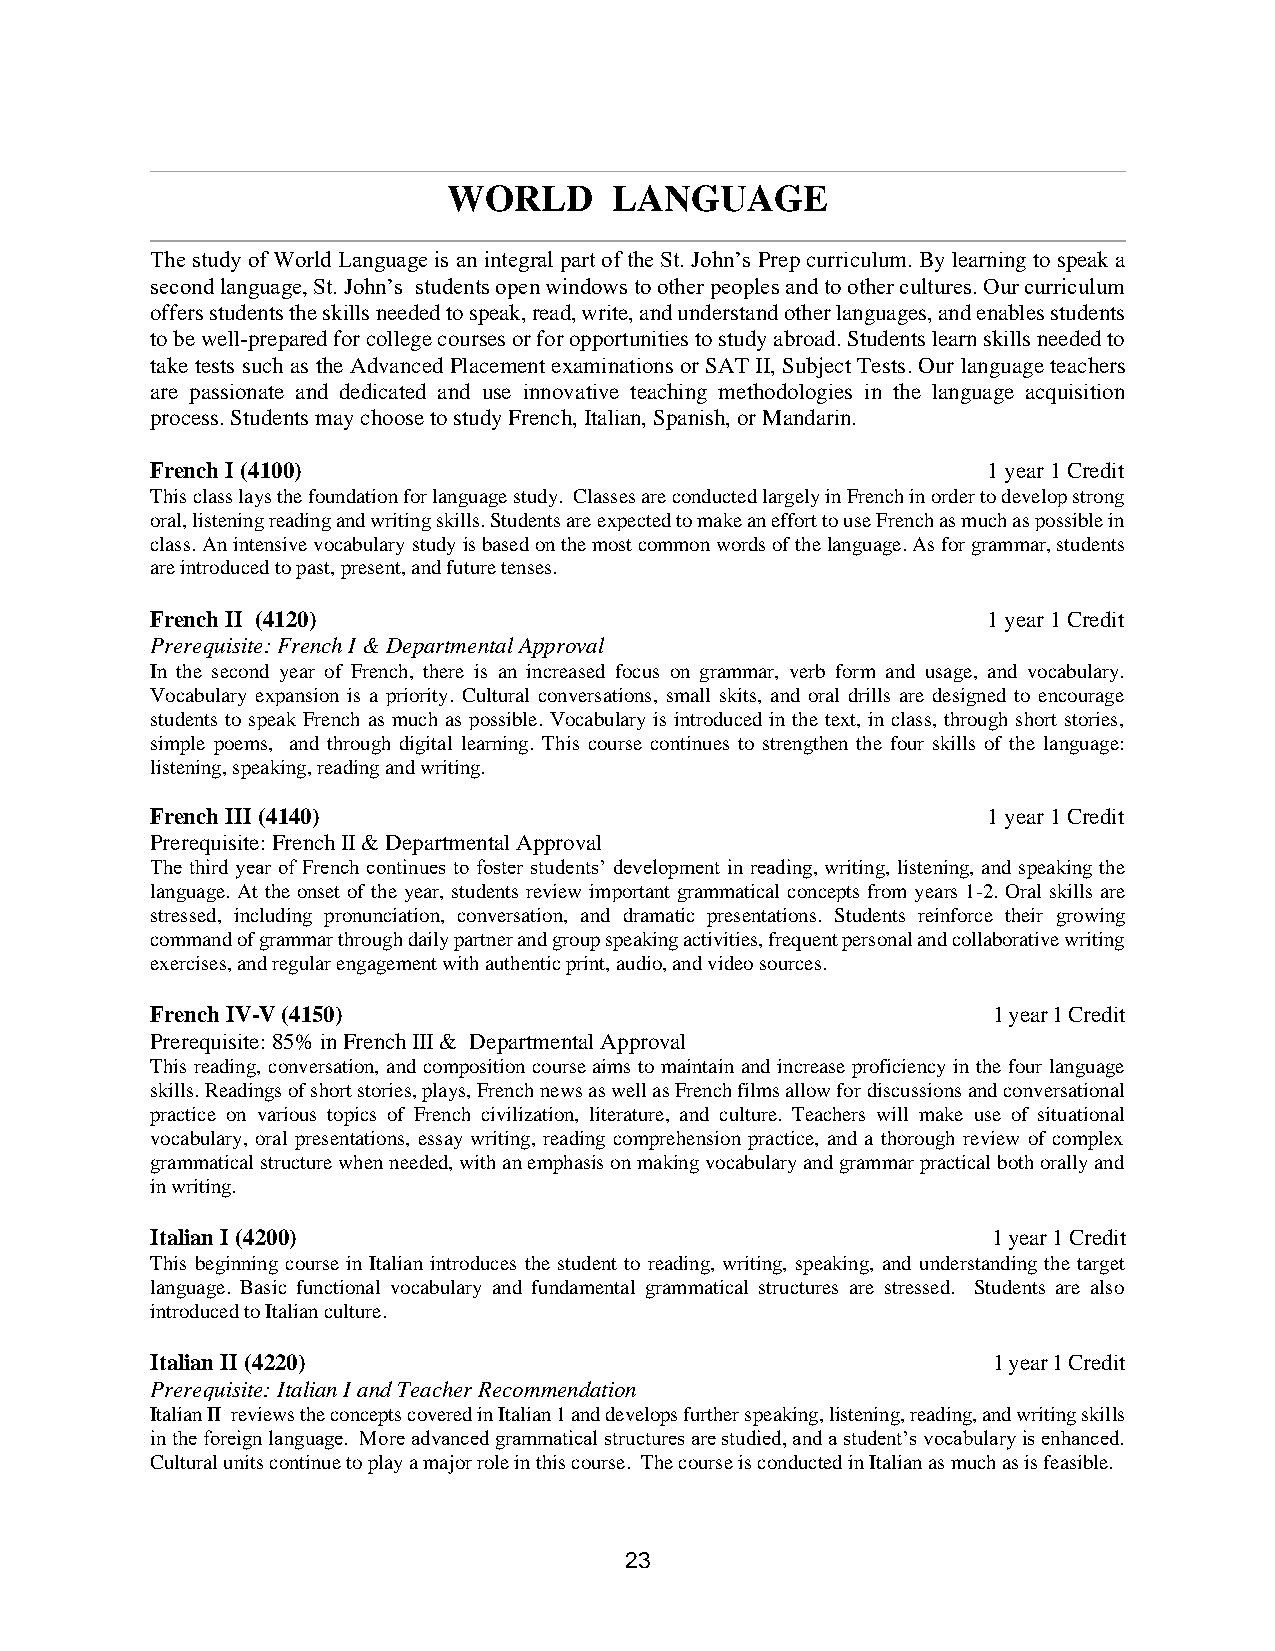
WORLD     LANGUAGE
 The study of World Language is an integral part of the St. John’s Prep curriculum. By learning to speak a
 second language, St. John’s students open windows to other peoples and to other cultures. Our curriculum
 offers students the skills needed to speak, read, write, and understand other languages, and enables students
 to be well-prepared for college courses or for opportunities to study abroad. Students learn skills needed to
 take tests such as the Advanced Placement examinations or SAT II, Subject Tests. Our language teachers
 are passionate and dedicated and use innovative teaching methodologies in the language acquisition
 process. Students may choose to study French, Italian, Spanish, or Mandarin.
 French I (4100)                                        1 year 1 Credit
 This class lays the foundation for language study. Classes are conducted largely in French in order to develop strong
 oral, listening reading and writing skills. Students are expected to make an effort to use French as much as possible in
 class. An intensive vocabulary study is based on the most common words of the language. As for grammar, students
 are introduced to past, present, and future tenses.
 French II (4120)                                       1 year 1 Credit
 Prerequisite: French I & Departmental Approval
 In the second year of French, there is an increased focus on grammar, verb form and usage, and vocabulary.
 Vocabulary expansion is a priority. Cultural conversations, small skits, and oral drills are designed to encourage
 students to speak French as much as possible. Vocabulary is introduced in the text, in class, through short stories,
 simple poems, and through digital learning. This course continues to strengthen the four skills of the language:
 listening, speaking, reading and writing.
 French III (4140)                                      1 year 1 Credit
 Prerequisite: French II & Departmental Approval
 The third year of French continues to foster students’ development in reading, writing, listening, and speaking the
 language. At the onset of the year, students review important grammatical concepts from years 1-2. Oral skills are
 stressed, including pronunciation, conversation, and dramatic presentations. Students reinforce their growing
 command of grammar through daily partner and group speaking activities, frequent personal and collaborative writing
 exercises, and regular engagement with authentic print, audio, and video sources.
 French IV-V (4150)                                      1 year 1 Credit
 Prerequisite: 85% in French III & Departmental Approval
 This reading, conversation, and composition course aims to maintain and increase proficiency in the four language
 skills. Readings of short stories, plays, French news as well as French films allow for discussions and conversational
 practice on various topics of French civilization, literature, and culture. Teachers will make use of situational
 vocabulary, oral presentations, essay writing, reading comprehension practice, and a thorough review of complex
 grammatical structure when needed, with an emphasis on making vocabulary and grammar practical both orally and
 in writing.
 Italian I (4200)                                        1 year 1 Credit
 This beginning course in Italian introduces the student to reading, writing, speaking, and understanding the target
 language. Basic functional vocabulary and fundamental grammatical structures are stressed. Students are also
 introduced to Italian culture.
 Italian II (4220)                                       1 year 1 Credit
 Prerequisite: Italian I and Teacher Recommendation
 Italian II reviews the concepts covered in Italian 1 and develops further speaking, listening, reading, and writing skills
 in the foreign language. More advanced grammatical structures are studied, and a student’s vocabulary is enhanced.
 Cultural units continue to play a major role in this course. The course is conducted in Italian as much as is feasible.
 23